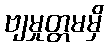
ဗျမှုတ္တမမှိ